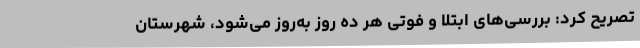
تصریح کرد: بررسی‌های ابتلا و فوتی هر ده روز به‌روز می‌شود، شهرستان